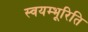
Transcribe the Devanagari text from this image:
स्वयम्भूरिति